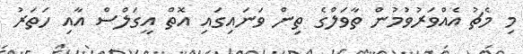
މި މެޗު އެއްވަރުވުމުން ތާވަލްގެ ތިން ވަނައިގައި އޮތް އީގަލްސް އާއި ހަތަރު